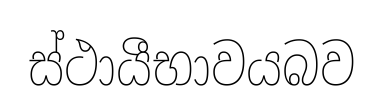
ස්ථායීභාවයබව